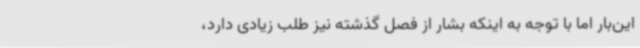
این‌بار اما با توجه به اینکه بشار از فصل گذشته نیز طلب زیادی دارد،